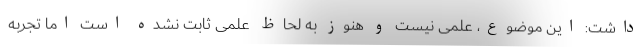
داشت: این موضوع، علمی نیست و هنوز به لحاظ علمی ثابت نشده است اما تجربه